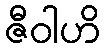
ဇီဝါဟိ